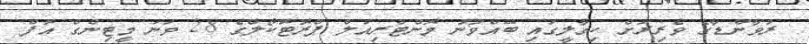
ރުވާންޑާގެ ވެރިރަށް ކިގާލީގައި ބޭއްވުނު މޮންޓްރިއަލް ޕްރޮޓޮކޯލްގެ 28 ވަނަ މީޓިންގް އޮފް